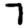
Digit: 7